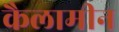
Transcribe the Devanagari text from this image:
कैलामीन